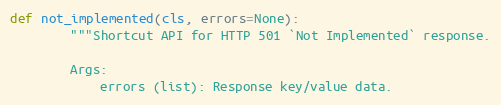
Language: Python
def not_implemented(cls, errors=None):
        """Shortcut API for HTTP 501 `Not Implemented` response.

        Args:
            errors (list): Response key/value data.